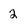
Character: 2